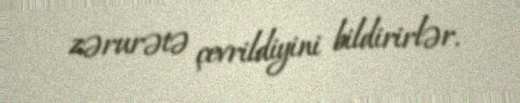
zərurətə çevrildiyini bildirirlər.